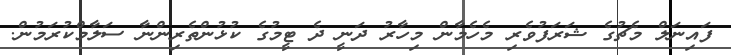
ފައިނަލް މެޗުގެ ޝަރަފުވެރި މެހެމާން މިހާރު ދަނީ ދެ ޓީމުގެ ކުޅުންތެރިންނާ ސަލާމްކުރަމުން.